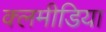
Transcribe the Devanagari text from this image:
क्लमीडिया